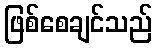
ဖြစ်စေချင်သည်